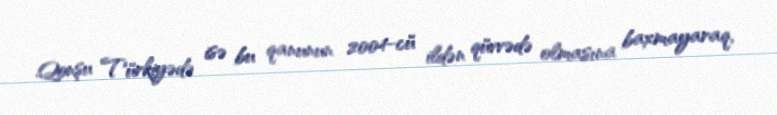
Qonşu Türkiyədə isə bu qanunun 2004-cü ildən qüvvədə olmasına baxmayaraq,